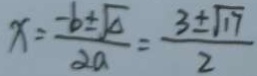
x = \frac { - b \pm \sqrt { \Delta } } { 2 a } = \frac { 3 \pm \sqrt { 1 7 } } { 2 }